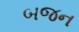
બજન